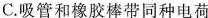
C.吸管和橡胶棒带同种电荷